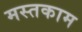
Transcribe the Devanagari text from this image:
मस्तकाम